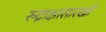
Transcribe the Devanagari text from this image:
रुद्राक्षासारखी